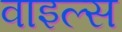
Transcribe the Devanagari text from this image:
वाइल्स